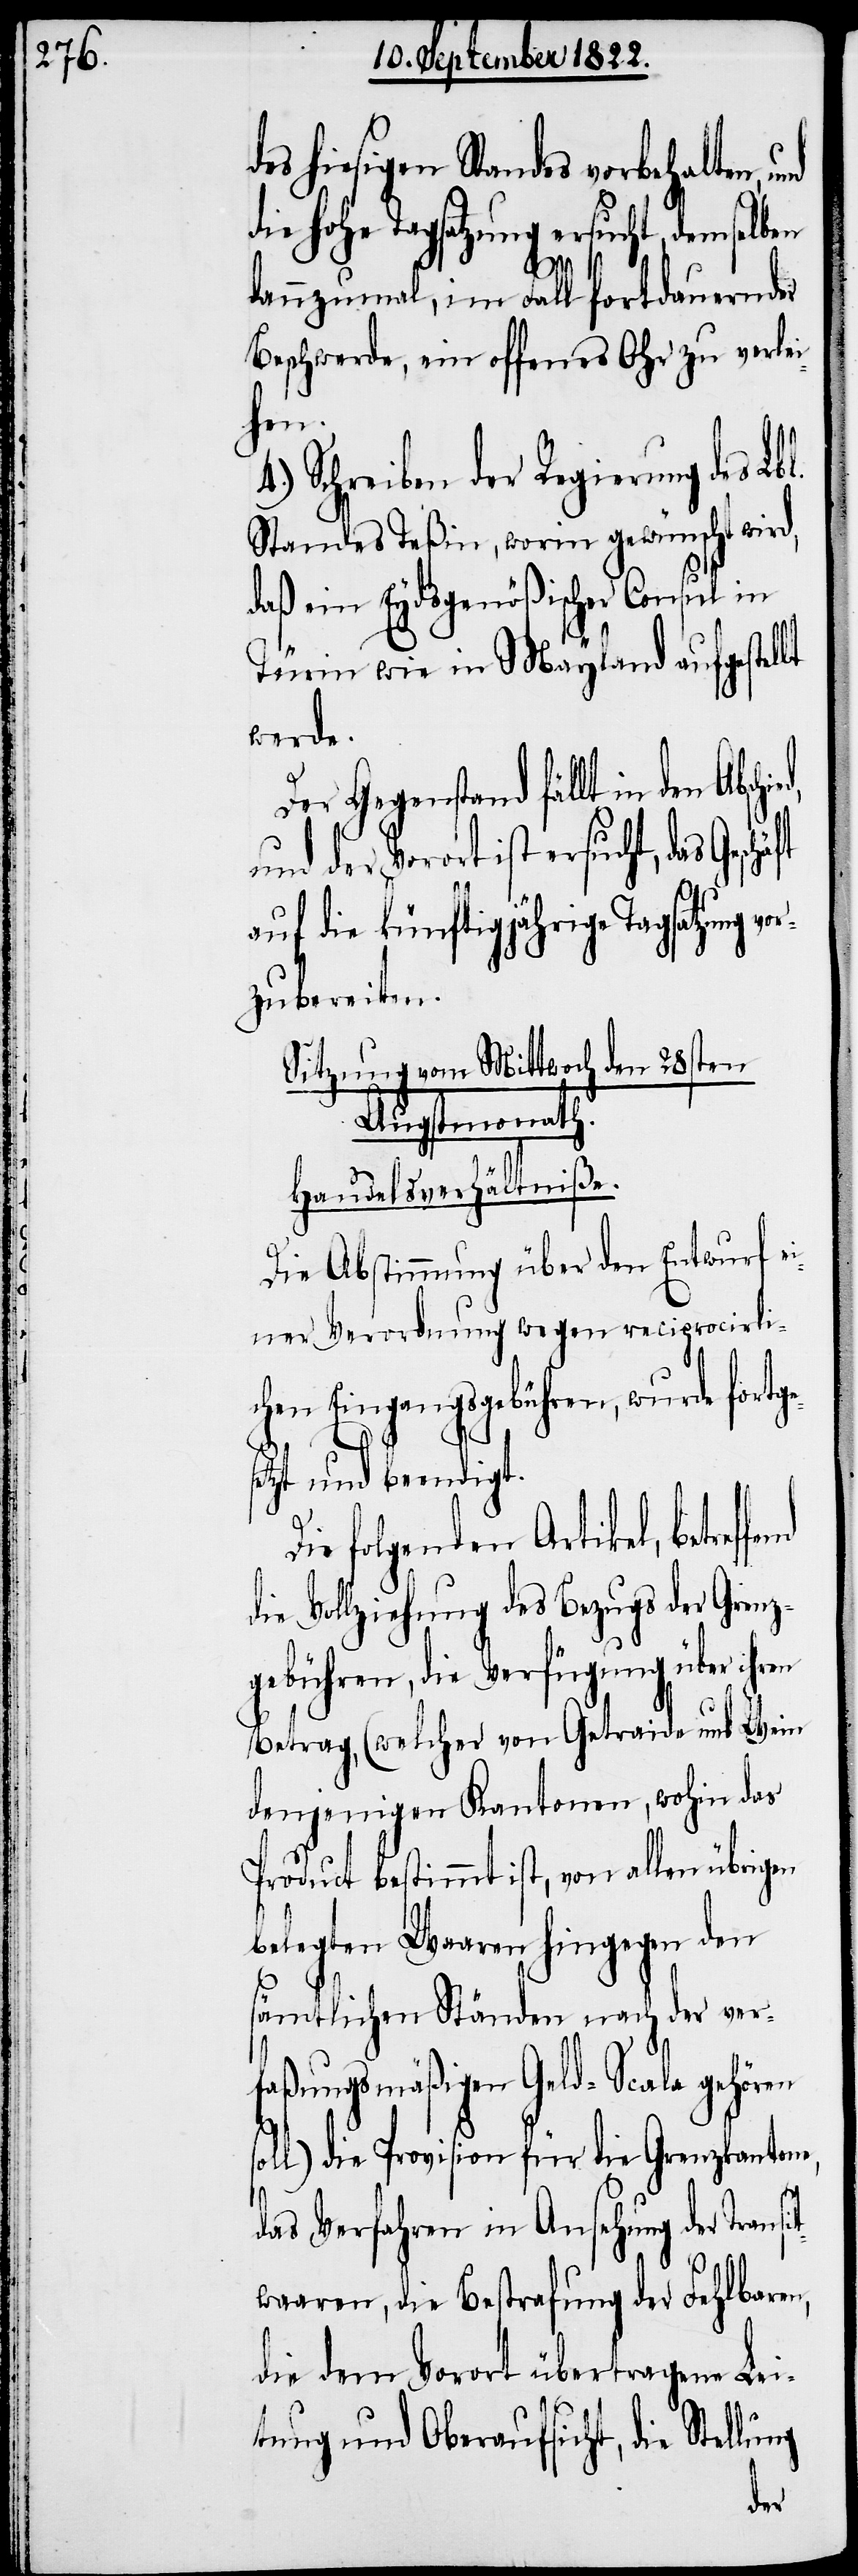
des hiesigen Standes vorbehalten,
die hohe Tagsatzung ersucht, demselben
dannzumal, im Fall fortdauernder
Beschwerde, ein offenes Ohr zu verlei¬
fend
Schreiben der Regierung des Lb¬
Standes Teßin, worin gewünscht wird,
daß ein Eydsgenößischer Consul in
Türin wie in Mayland aufgestellt
werde.
Der Gegenstand fällt in den Absch¬
und der Vorort ist ersucht, das
ung
auf die künftigjährige Tagsatzung v¬
zubereiten.
Sitzung vom Mittwoch den 28sten
Augstmonath.
Handelsverhältniße.
Die Abstimmung über den Entwurf ei¬
ner Verordnung wegen reciprocirlic¬
hen Eingangsgebühren, wurde fort¬
etzt und beendigt.
ie folgenden Artikel, betref¬
ie Vollziehung des Bezugs der Grenz¬
gebühren, die Verfügung über ihr¬
Betrag, (welcher von Getraide und Wein
denjenigen Kantonen, wohin das
Product bestimmt ist, von allen übrigen
belegten Waaren hingegen den
sämtlichen Ständen nach der ver¬
faßungsmäßigen Geld-Scala gehören
l) die Provision für die Grenzkanton¬
das Verfahren in Ansehung der Trans¬
waaren, die Bestrafung der Fehlbaren,
die dem Vorort übertragene Lei¬
stung und Oberaufsicht, die Stell¬